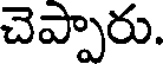
చెప్పారు.